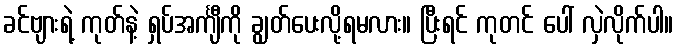
ခင်ဗျားရဲ့ ကုတ်နဲ့ ရှပ်အင်္ကျီကို ချွတ်ပေးလို့ရမလား။ ပြီးရင် ကုတင် ပေါ် လှဲလိုက်ပါ။